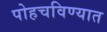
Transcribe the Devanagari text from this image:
पोहचविण्यात